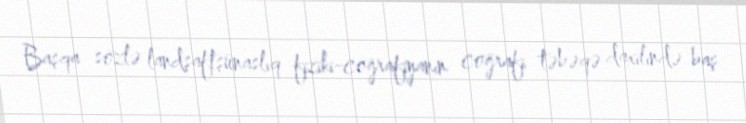
Başqa sözlə landşaftşünaslıq fiziki-coğrafiyanın coğrafi təbəqə daxilində baş